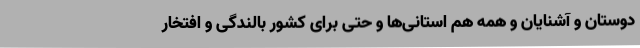
دوستان و آشنایان و همه هم استانی‌ها و حتی برای کشور بالندگی و افتخار